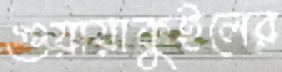
গুয়ায়াকুইলের